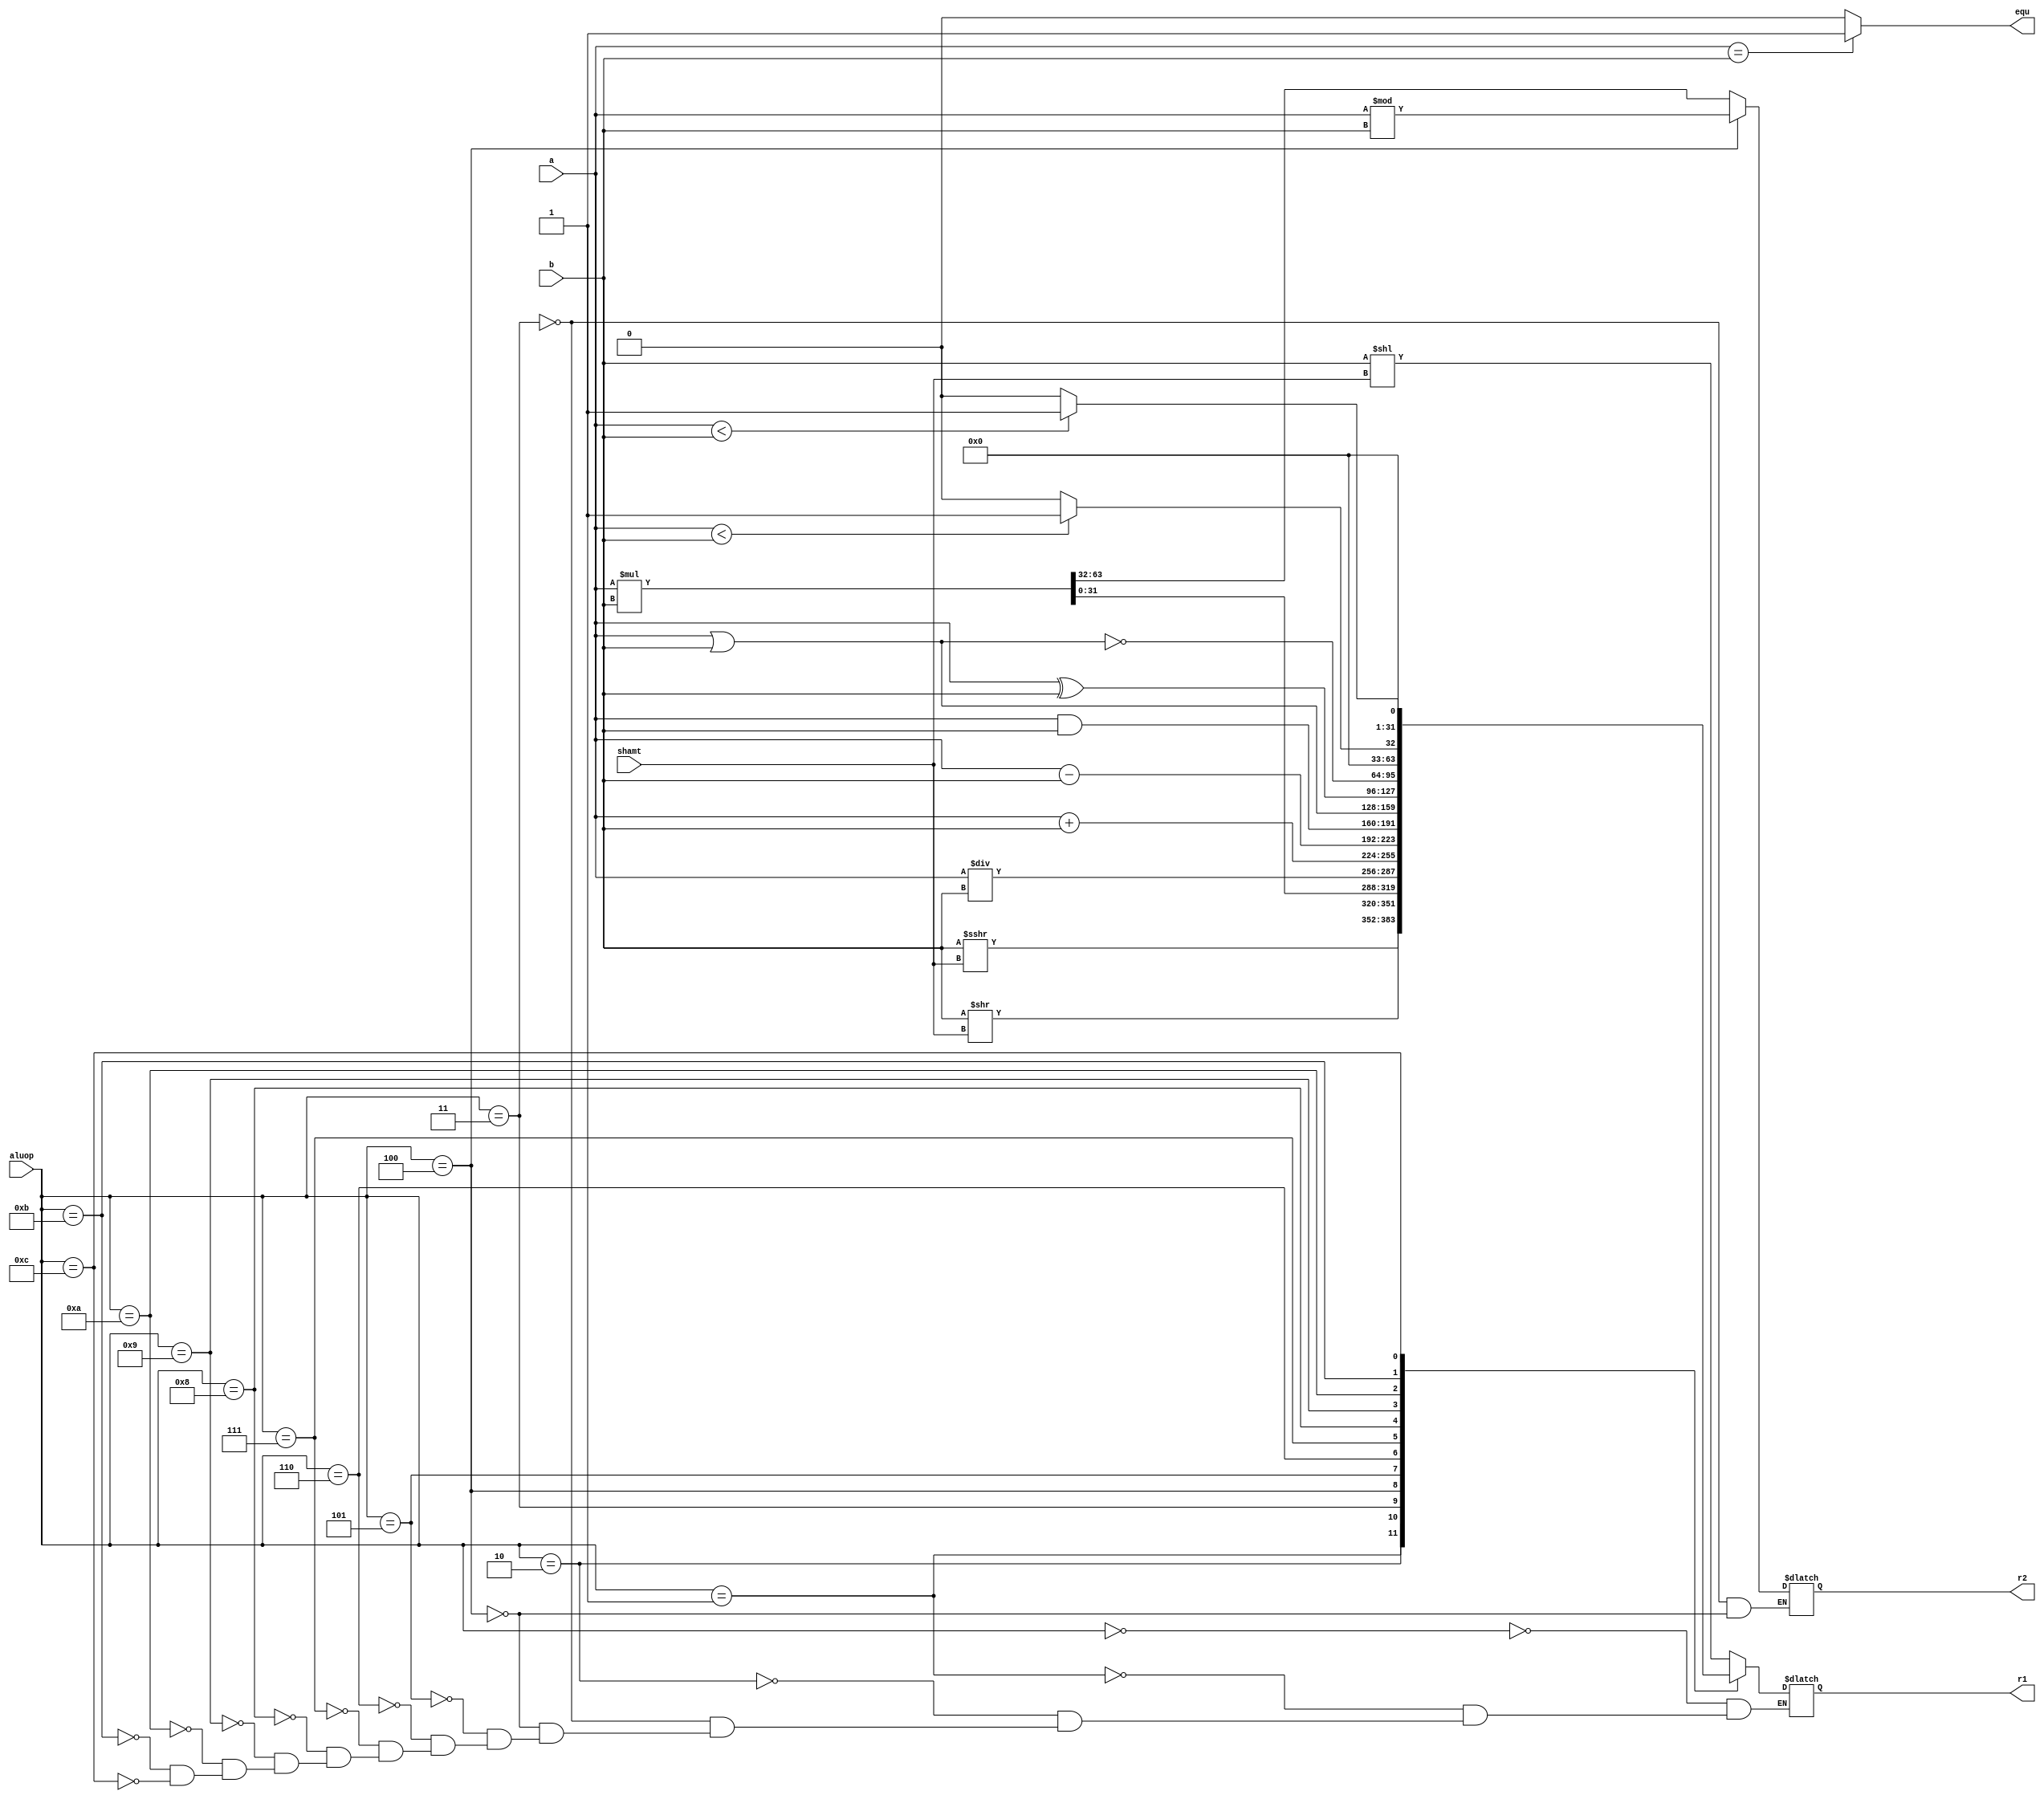
`timescale 1ns / 1ps
//////////////////////////////////////////////////////////////////////////////////
// Company: 
// Engineer: 
// 
// Design Name: 
// Module Name: ALU
// Project Name: 
// Target Devices: 
// Tool Versions: 
// Description: 
// 
// Dependencies: 
// 
// Revision:
// Revision 0.01 - File Created
// Additional Comments:
// 
//////////////////////////////////////////////////////////////////////////////////

// 
// a 32bitsb 32bitsaluc 4bits shamt 5bits
// r1 32bits, r2 32bitsequ
module ALU(
        input [31:0] a,        //OP1
        input [31:0] b,        //OP2
        input [3:0] aluop,    //controller
        input [4:0] shamt, // shift number
        output [31:0] r1,    //result1
        output [31:0] r2,   // result 2
        output reg equ);
        
        parameter Sll = 4'b0000;
        parameter Sra = 4'b0001;
        parameter Srl = 4'b0010;
        parameter Mulu = 4'b0011;
        parameter Divu = 4'b0100;
        parameter Add = 4'b0101;
        parameter Sub = 4'b0110;
        parameter And = 4'b0111;
        parameter Or = 4'b1000;
        parameter Xor = 4'b1001;
        parameter Nor = 4'b1010;
        parameter Slt = 4'b1011;
        parameter Sltu = 4'b1100;
        
        reg [31:0]result, result2; // 
        wire signed [31:0] x = a, y = b;
        always @(*) begin
            equ = x==y?1:0;
            case(aluop) 
                Sll: result = b << shamt;
                Sra: result = y >>> shamt;
                Srl:  result = b >> shamt;
                Mulu: {result2, result} = x * y;
                Divu: begin result = x / y; result2 = x % y; end
                Add: result = a + b;
                Sub: result = a - b;
                And: result = a & b;
                Or: result = a | b;
                Xor: result = a ^ b;
                Nor: result = ~(a | b);
                Slt: result = x<y?1:0;
                Sltu: result = a<b?1:0;
            endcase
        end
        assign r1 = result;
        assign r2 = result2;
endmodule